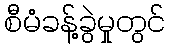
စီမံခန့်ခွဲမှုတွင်